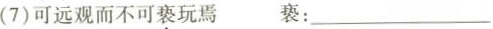
(7)可远观而不可亵玩焉 亵：___